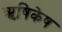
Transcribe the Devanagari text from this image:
ॠषिकेष